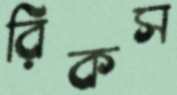
রিকস